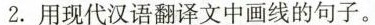
2.用现代汉语翻译文中画线的句子。